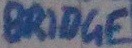
Text: BRIDGE